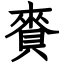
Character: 賚